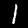
Label: 1